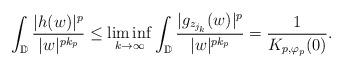
LaTeX: \begin{align*}\int_{\mathbb{D}}\frac{|h(w)|^p}{|w|^{pk_p}}\leq\liminf_{k\rightarrow\infty}\int_{\mathbb{D}}\frac{|g_{z_{j_k}}(w)|^p}{|w|^{pk_p}}=\frac{1}{K_{p,\varphi_p}(0)}.\end{align*}